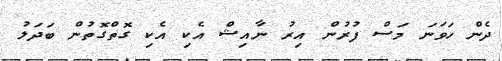
ދެން ހަވަނަ މަސް ފުރުން އިރު ނާއިޝް އެކި އެކި ގޮތްގޮތުން ބަދަލު